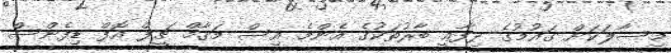
މިސާލަކަށް ގައުމުގެ ދިފާޢީ ބާރުތަކުގެ އެންމެ އިސް މަގާމް ޗީފް އޮފް ޑިފެންސް